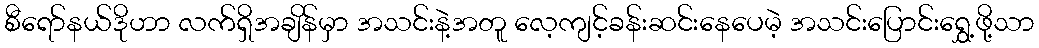
စီရော်နယ်ဒိုဟာ လက်ရှိအချိန်မှာ အသင်းနဲ့အတူ လေ့ကျင့်ခန်းဆင်းနေပေမဲ့ အသင်းပြောင်းရွှေ့ဖို့သာ